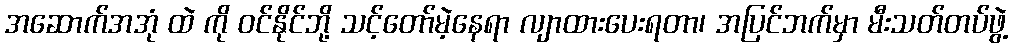
အဆောက်အအုံ ထဲ ကို ဝင်နိုင်ဘို့ သင့်တော်မဲ့နေရာ လျာထားပေးရတာ၊ အပြင်ဘက်မှာ မီးသတ်တပ်ဖွဲ့